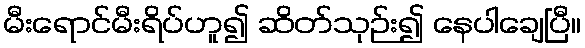
မီးရောင်မီးရိပ်ဟူ၍ ဆိတ်သုဉ်း၍ နေပါချေပြီ။